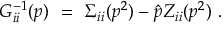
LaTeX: G _ { i i } ^ { - 1 } ( p ) \ = \ \Sigma _ { i i } ( p ^ { 2 } ) - \hat { p } Z _ { i i } ( p ^ { 2 } ) \ .